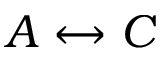
A \leftrightarrow C